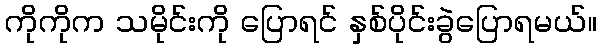
ကိုကိုက သမိုင်းကို ပြောရင် နှစ်ပိုင်းခွဲပြောရမယ်။